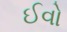
ઈવો